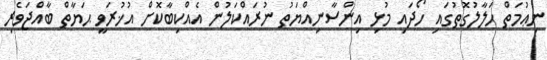
ނިޢުމަތް ހަލާލުގޮތުގައި ހޯދައި މުޅި އިންސާނިއްޔަތު ނުރައްކަލުން އެއްކިބާކޮށް އުޚުރަވީ ޙަޔާތް ބާއްޖަވެރި